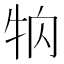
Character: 𤘻